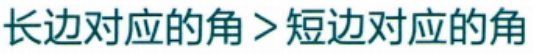
长边对应的角 > 短边对应的角